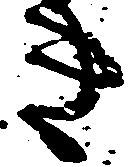
き